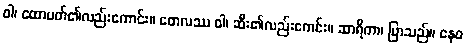
ဝါ၊ ထောပတ်၏လည်းကောင်း။ တေလဿ ဝါ၊ ဆီး၏လည်းကေင်း။ ဆာရိကာ၊ ပြာသည်။ နေဝ